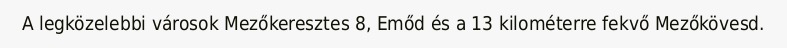
A legközelebbi városok Mezőkeresztes 8, Emőd és a 13 kilométerre fekvő Mezőkövesd.